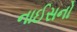
નાઈસનો